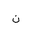
Letter: _non